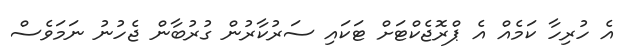
އެ ހުރިހާ ކަމެއް އެ ޕްރޮޖެކްޓަށް ޓަކައި ސަރުކާރުން ގުރުބާން ޖެހުނު ނަމަވެސް